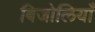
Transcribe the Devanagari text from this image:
बिजोलियाँ